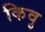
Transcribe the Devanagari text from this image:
किवु